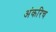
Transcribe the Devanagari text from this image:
अंकरिच